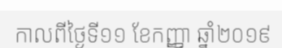
កាលពីថ្ងៃទី១១ ខែកញ្ញា ឆ្នាំ២០១៩